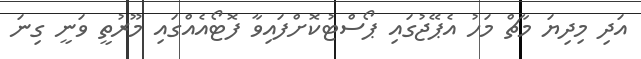
އަދި މިދިޔަ މާޗް މަހު އެޕޭޖުގައި ޕޯސްޓުކޮށްފައިވާ ފޮޓޯއެއްގައި މޫރުތީ ވަނީ ގިނަ